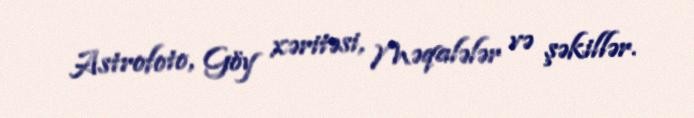
Astrofoto, Göy xəritəsi, Məqalələr və şəkillər.